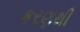
કરણથી